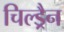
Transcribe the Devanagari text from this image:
चिल्ड्रैन